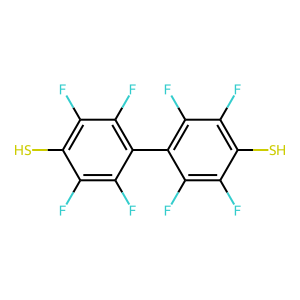
SMILES: Fc1c(F)c(-c2c(F)c(F)c(S)c(F)c2F)c(F)c(F)c1S
Inhibits HIV replication: No